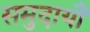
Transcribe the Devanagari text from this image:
समुदायौं